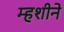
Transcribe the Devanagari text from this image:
म्हशीने